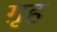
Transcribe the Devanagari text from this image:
ग़ृह